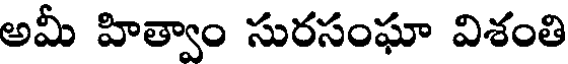
అమీ హిత్వాం సురసంఘా విశంతి